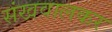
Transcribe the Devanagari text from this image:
संखवालकर